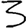
Digit: 3